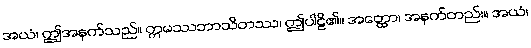
အယံ၊ ဤအနက်သည်။ ဣမဿဘာသိတဿ၊ ဤပါဠိ၏။ အတ္ထော၊ အနက်တည်း။ အယံ၊